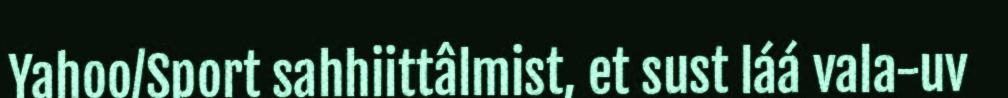
Yahoo/Sport sahhiittâlmist, et sust láá vala-uv